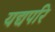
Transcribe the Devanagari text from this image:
यद्यपरि